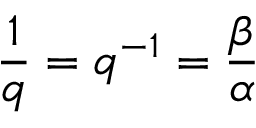
{ \frac { 1 } { q } } = q ^ { - 1 } = { \frac { \beta } { \alpha } }